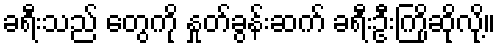
ခရီးသည် တွေကို နှုတ်ခွန်းဆက် ခရီးဦးကြိုဆိုလို့။